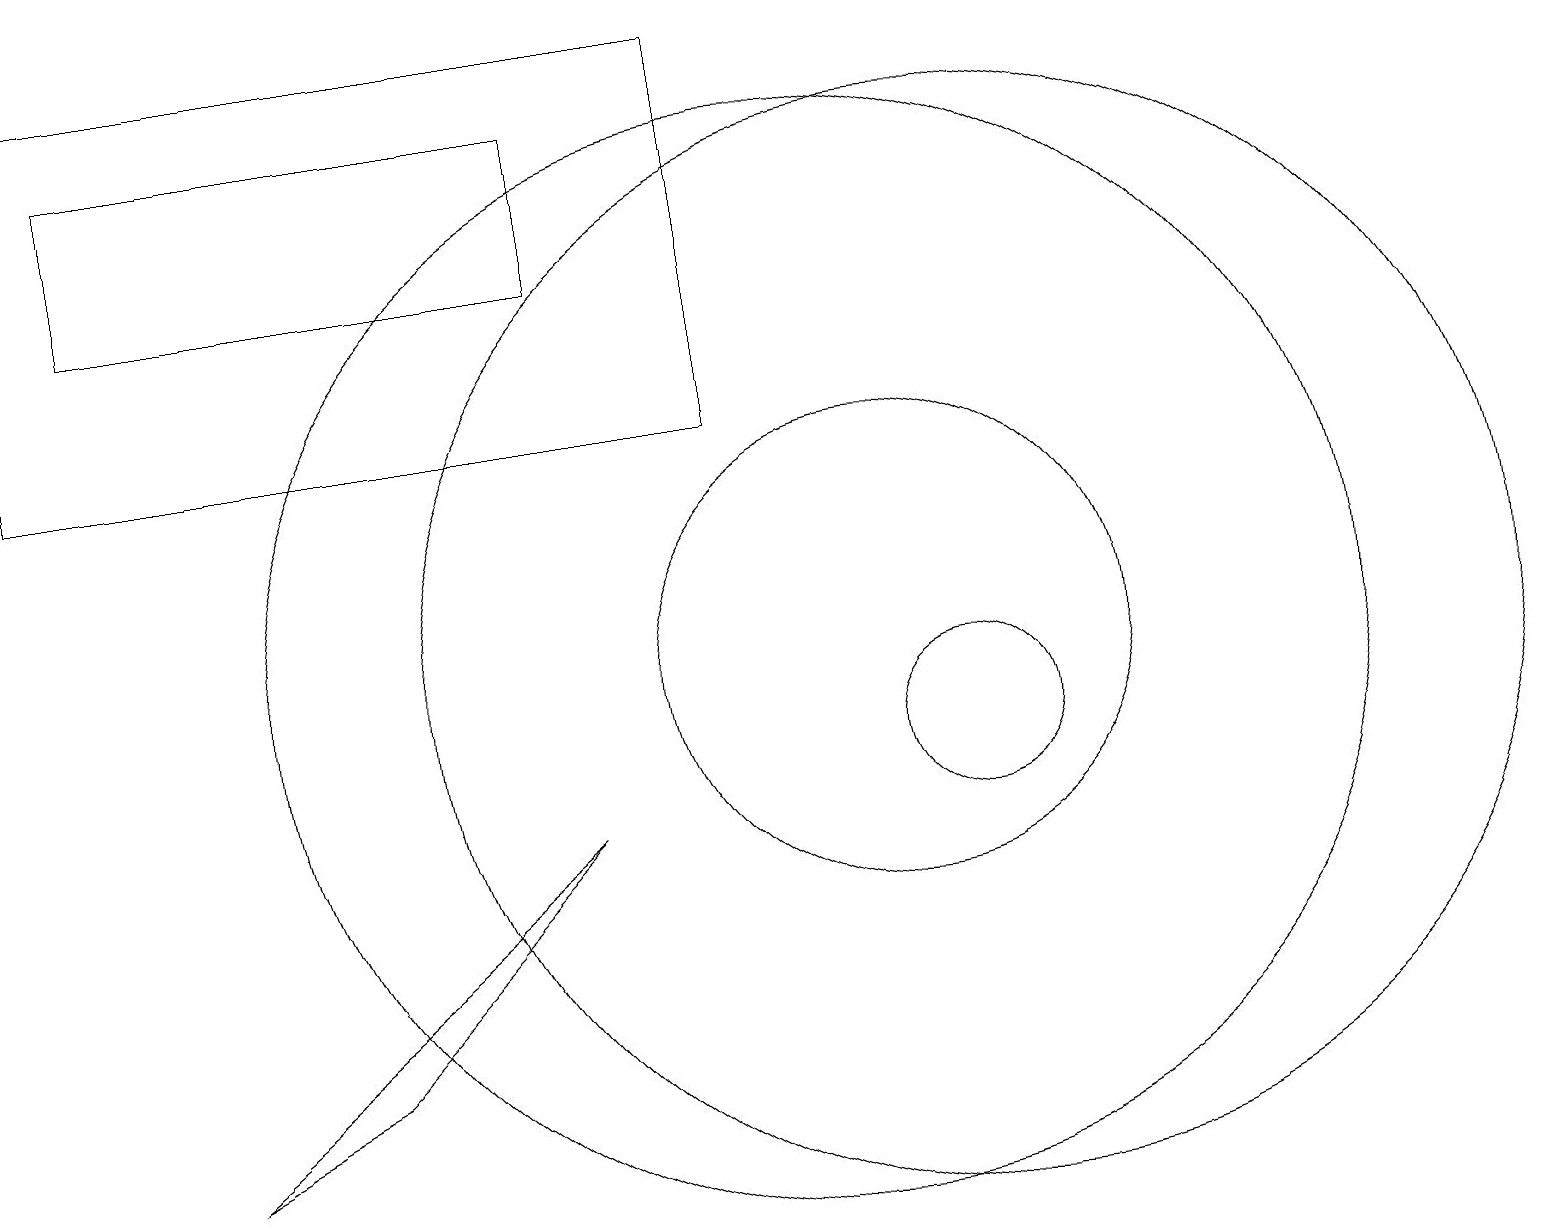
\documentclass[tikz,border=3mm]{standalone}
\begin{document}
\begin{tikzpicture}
\draw (1,18) rectangle (7,16);
\draw (12,11) circle (7);
\draw (12,10) circle (1);
\draw (2,5) -- (4,6) -- (7,9) -- cycle;
\draw (9,19) rectangle (0,14);
\draw (10,11) circle (7);
\draw (11,11) circle (3);
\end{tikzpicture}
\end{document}